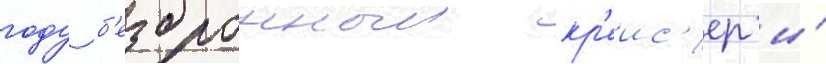
году б'езбронныи кр'еис'ер и́